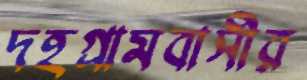
দহগ্রামবাসীর